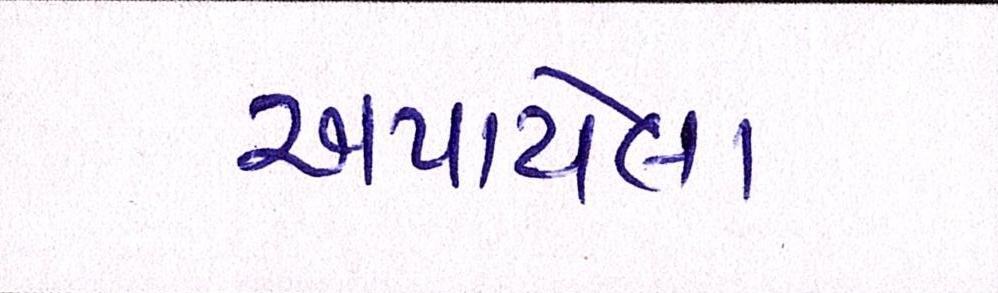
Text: અપાયેલા